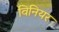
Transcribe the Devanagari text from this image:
विनियर